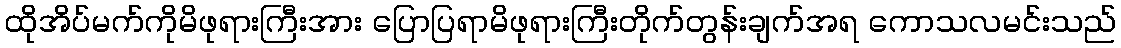
ထိုအိပ်မက်ကိုမိဖုရားကြီးအား ပြောပြရာမိဖုရားကြီးတိုက်တွန်းချက်အရ ကောသလမင်းသည်